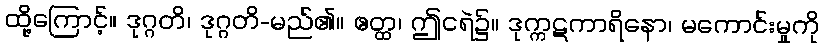
ထို့ကြောင့်။ ဒုဂ္ဂတိ၊ ဒုဂ္ဂတိ-မည်၏။ ဧတ္ထ၊ ဤငရဲ၌။ ဒုက္ကဋကာရိနော၊ မကောင်းမှုကို